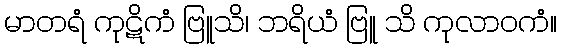
မာတရံ ကုဋိကံ ဗြူသိ၊ ဘရိယံ ဗြူ သိ ကုလာဝကံ။